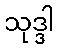
သုဒ္ဒါ